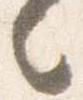
言